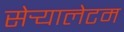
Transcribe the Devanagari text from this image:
सेर्‍यालेटम